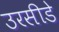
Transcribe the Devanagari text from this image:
उरसीडे